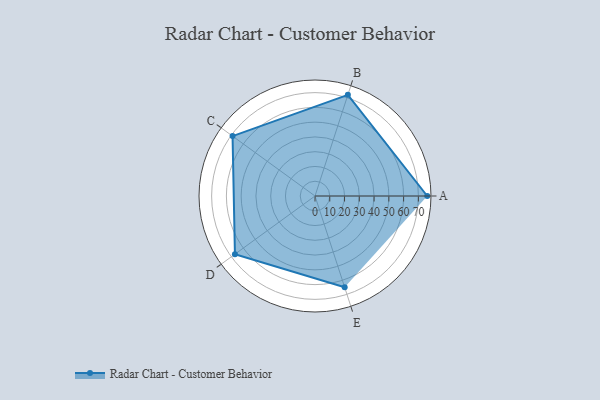
{"axis": {"x": "Skill", "y": "Score"}, "legend": ["Profile"], "data": [{"x": "A", "y": 76.0, "type": "Profile"}, {"x": "B", "y": 72.0, "type": "Profile"}, {"x": "C", "y": 69.0, "type": "Profile"}, {"x": "D", "y": 67.0, "type": "Profile"}, {"x": "E", "y": 65.0, "type": "Profile"}]}